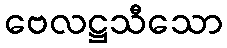
ဗေလဋ္ဌသီသော